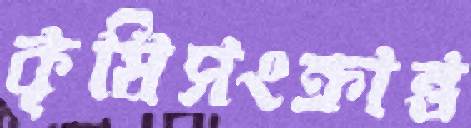
কৃষিসংক্রান্ত